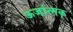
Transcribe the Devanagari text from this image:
ऊर्जात्मक